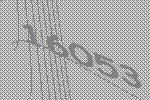
16053